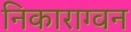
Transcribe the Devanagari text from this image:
निकाराग्वन